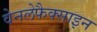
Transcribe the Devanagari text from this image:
वेनलेफैक्साइन